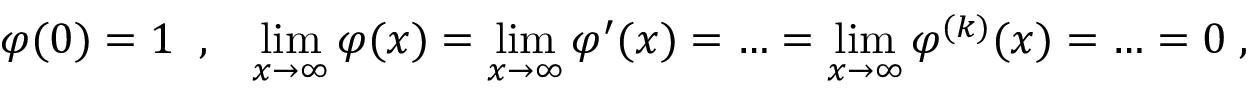
\varphi ( 0 ) = 1 \; \; , \; \; \; \operatorname * { l i m } _ { x \to \infty } \varphi ( x ) = \operatorname * { l i m } _ { x \to \infty } \varphi ^ { \prime } ( x ) = \ldots = \operatorname * { l i m } _ { x \to \infty } \varphi ^ { ( k ) } ( x ) = \ldots = 0 \; ,